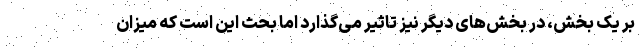
بر یک بخش، در بخش‌های دیگر نیز تاثیر می‌گذارد اما بحث این است که میزان